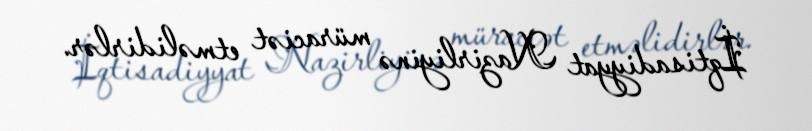
İqtisadiyyat Nazirliyinə müraciət etməlidirlər.